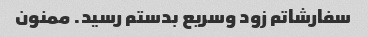
سفارشاتم زود وسریع بدستم رسید. ممنون